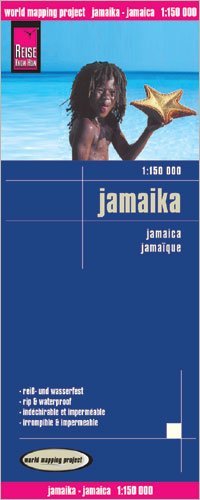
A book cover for Jamaica 1:150,000 Travel Map, waterproof, GPS-compatible REISE; Reise Knowhow; Travel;